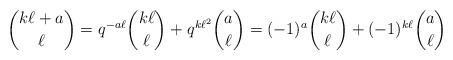
LaTeX: \begin{align*}\binom{k\ell+a}{\ell}=q^{-a\ell}\binom{k\ell}{\ell}+q^{k\ell^2}\binom{a}{\ell}=(-1)^{a}\binom{k\ell}{\ell}+(-1)^{k\ell}\binom{a}{\ell}\end{align*}